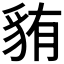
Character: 𫎋